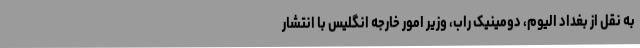
به نقل از بغداد الیوم، دومینیک راب، وزیر امور خارجه انگلیس با انتشار